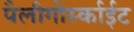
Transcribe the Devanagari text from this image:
पैलीगोर्स्काईट